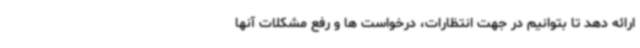
ارائه دهد تا بتوانیم در جهت انتظارات، درخواست ها و رفع مشکلات آنها